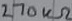
Text: 270kΩ